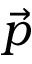
\vec { p }